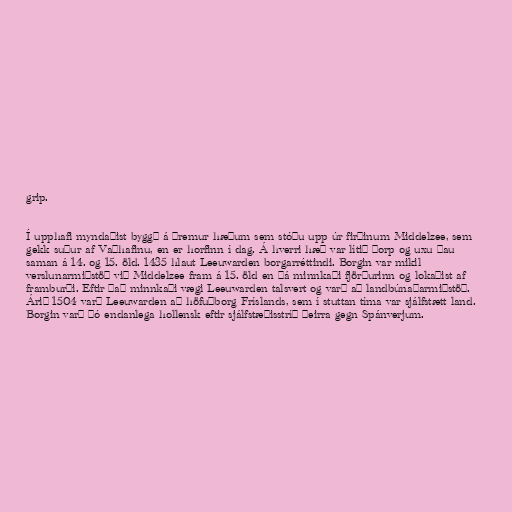
grip.

Í upphafi myndaðist byggð á þremur hæðum sem stóðu upp úr firðinum Middelzee, sem
gekk suður af Vaðhafinu, en er horfinn í dag. Á hverri hæð var lítið þorp og uxu þau
saman á 14. og 15. öld. 1435 hlaut Leeuwarden borgarréttindi. Borgin var mikil
verslunarmiðstöð við Middelzee fram á 15. öld en þá minnkaði fjörðurinn og lokaðist af
framburði. Eftir það minnkaði vægi Leeuwarden talsvert og varð að landbúnaðarmiðstöð.
Árið 1504 varð Leeuwarden að höfuðborg Fríslands, sem í stuttan tíma var sjálfstætt land.
Borgin varð þó endanlega hollensk eftir sjálfstæðisstríð þeirra gegn Spánverjum.